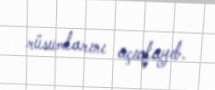
rüsumlarını açıqlayıb.